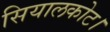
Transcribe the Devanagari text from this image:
सियालकोट।